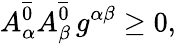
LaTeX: A_{\alpha}^{\overline{{{0}}}}A_{\beta}^{\overline{{{0}}}}\, g^{\alpha\beta}\ge 0,